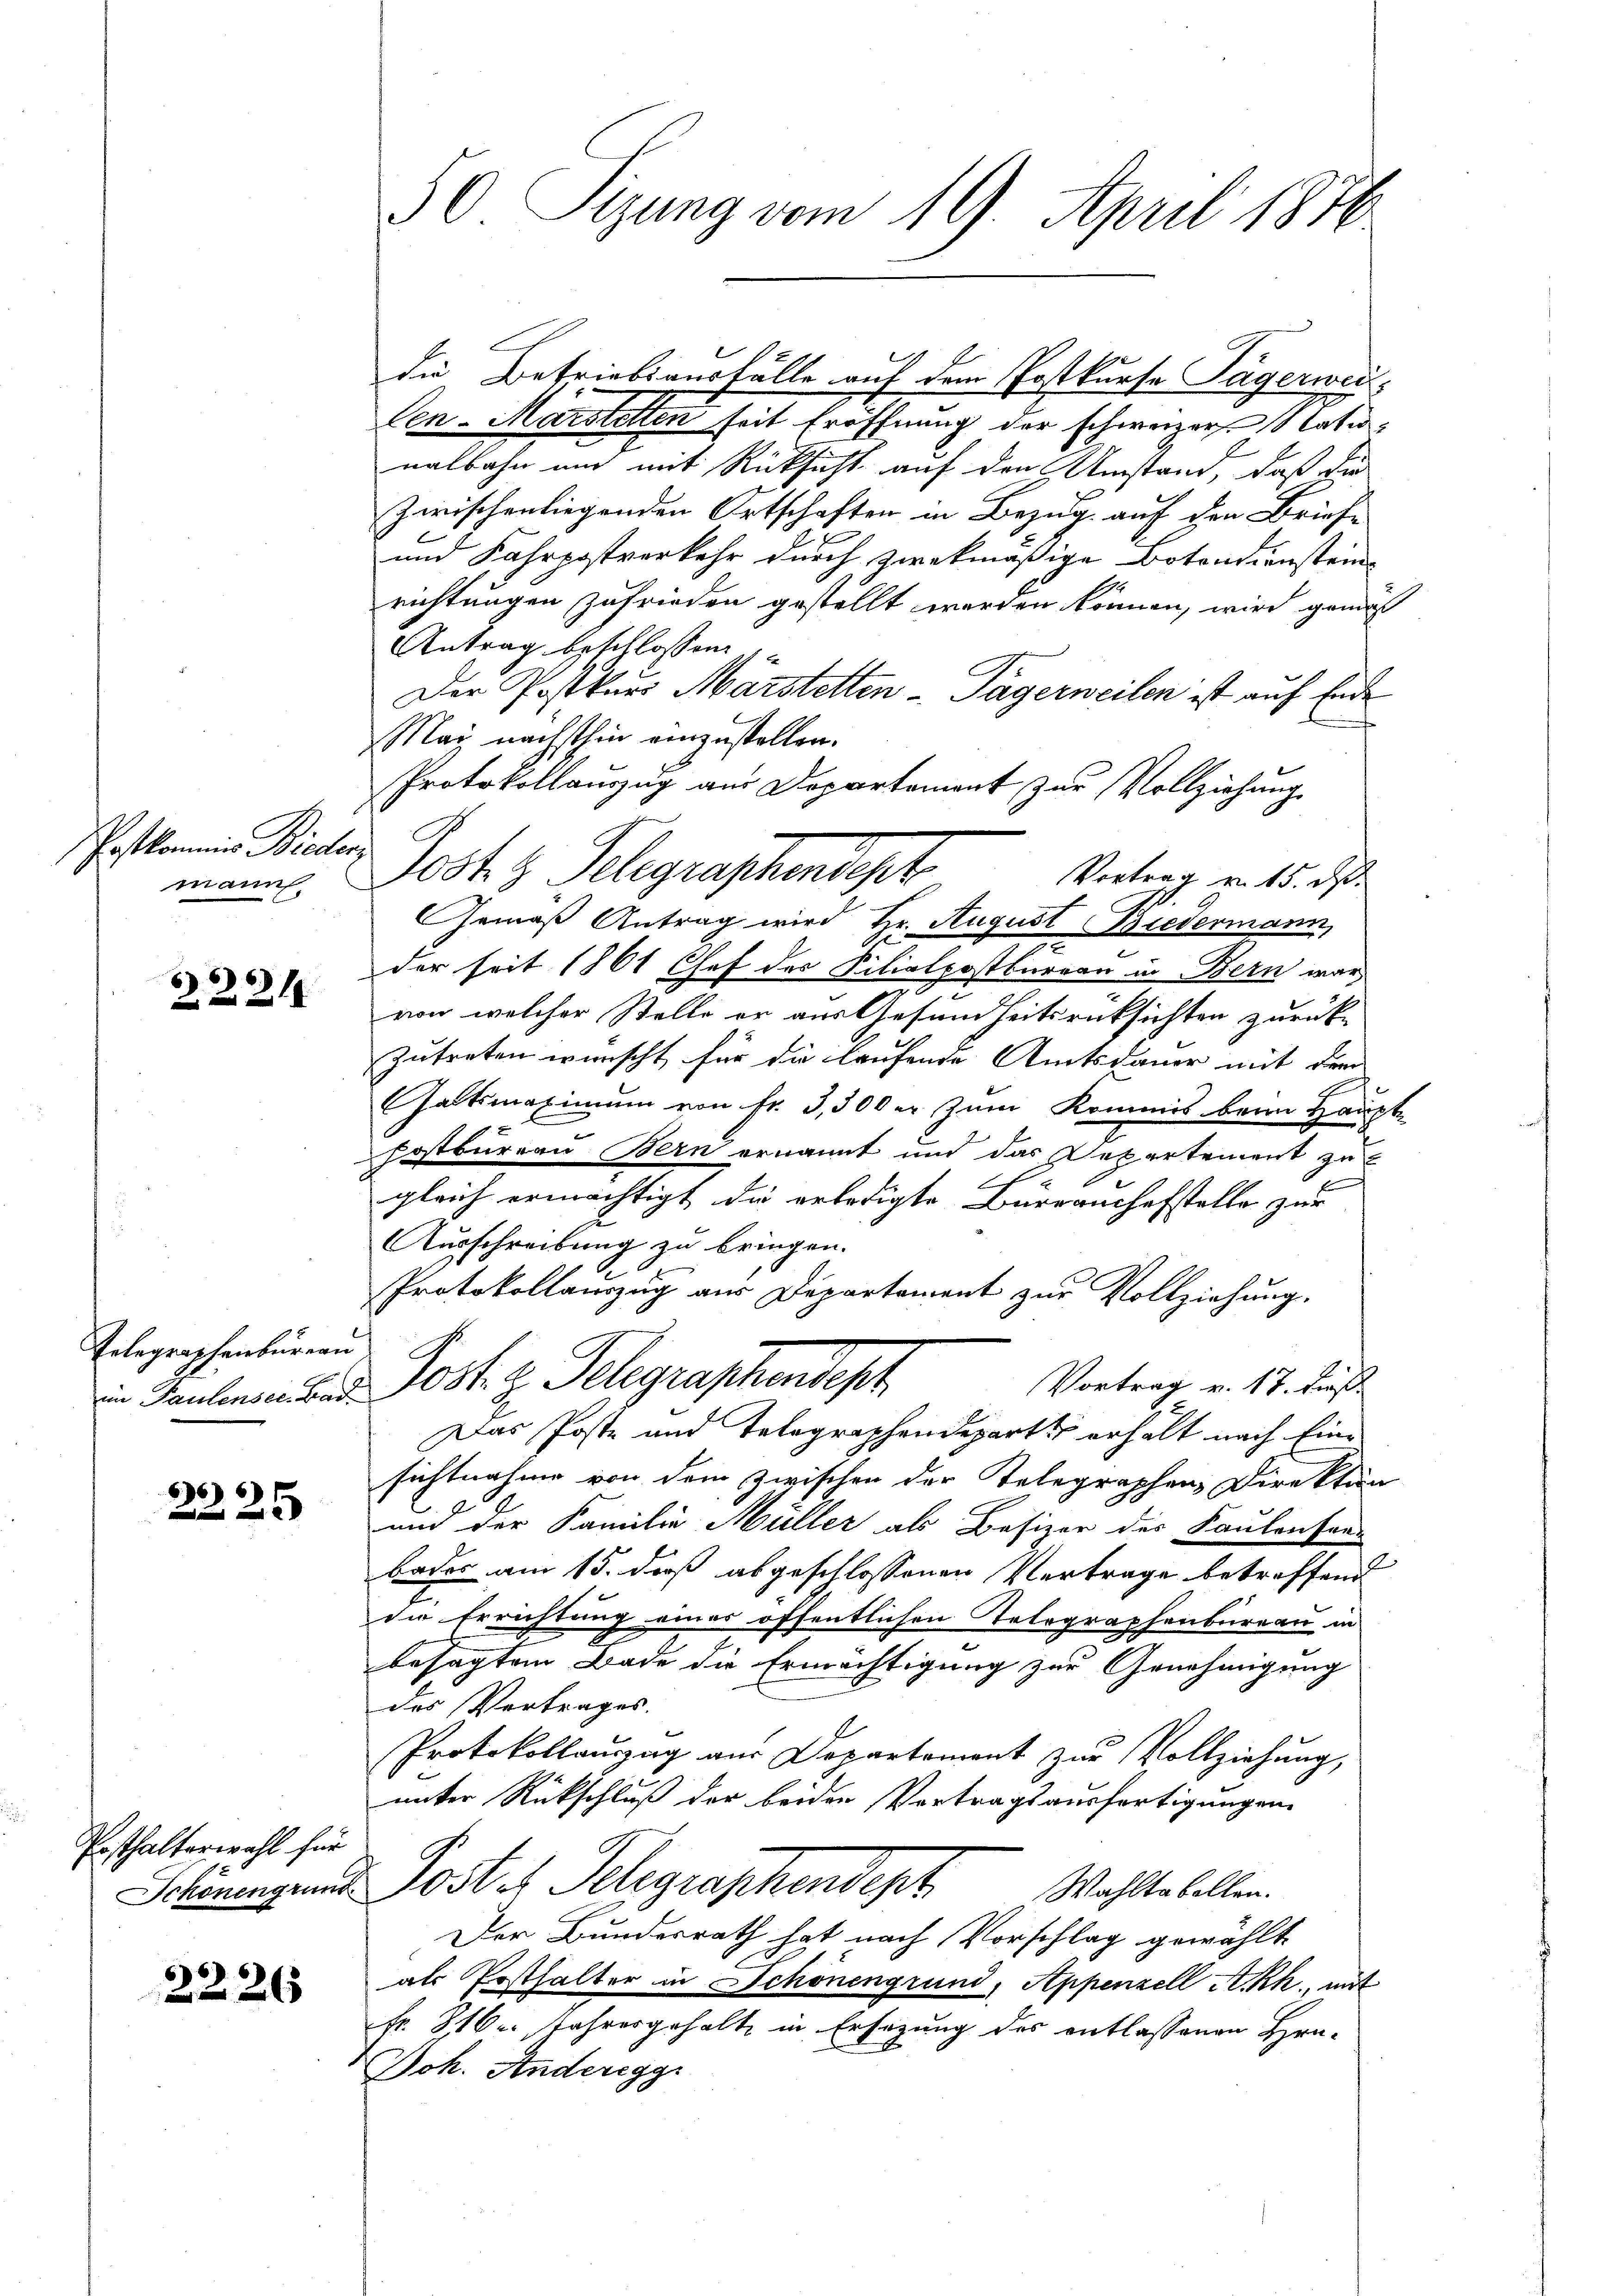
Postkommine Bieder
mann

32214

Telegraphenbureau
im Paulensee. Bad¬

666 1
2

Ersthalterwahl für
Schönengrund

2226

50 Sizung vom 19. April 1876

die Betriebsausfälle auf dem Postkurse Jägerwei¬
Cen-Marstetten seit Eröffnung der schwerer Natunalbahn und mit Rücksicht auf den Umstand, daß die
zwischenliegenden Ortschaften in Bezug auf den Brief-
und Fahrpostverkehr durch zwekmäßige Botendienstein-
richtungen zufrieden gestellt werden können, wird genuß
Antrag beschlossen un
Der Postkurs Marstetten-Tagerweilen ist auf Ende
Mai nächsthin einzustellen.
Protokollauszug aus Departement zur Vollziehung
Jost & Belegraschendigt
Vortrag v. 15. d.
Gemäß Antrag wird Hr. August Biedermann,
e
der seit 1861 Chef der Filialpostbureau in Bern war
von welcher Stelle er aus Gesundheitsrücksichten zurück-
zutreten wünscht für die laufende Amtsdauer mit dem
Gatsmaximum von fr. 3,500 er zum Kommis beim Haupt-
postbureau Bern ernannt und das Departement zu
gleich ermächtigt, die erledigte Bürranchefstelle zur
Ausschreibung zu bringen.
Protokollauszug aus Departament zur Vollziehung.
Jos. v. Gelegraphendest
Vortrag v. 17. dieß
Das Poste und Telegraphendeparts erhält nach Einsichtnahme von dem zwischen der Telegraphen Direktion
und der Familie Müller als Besizer des Faulensen
bades am 15. daß abgeschlossenen Vertrage betreffend
die Errichtung einer öffentlichen Telegraphenbureau in
besagtem Bade die Ermächtigung zur Genehmigung
des Vertrages.
Protokollauszug aus Departement zur Vollziehung,
unter Rückschluß der beiden Vertragsausfertigungen
Poster Schgraphendert Wahlte allen.
Der Bundesrath hat nach Vorschlag gewählt
als Posthalter in Schönengrund, Appenzell A.Rh., mit
fr. 816. Jahresgehalte in Ersezung des entlassenen Hra-
Doh. Anderegg